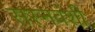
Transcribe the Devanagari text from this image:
सस्नवंशी